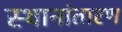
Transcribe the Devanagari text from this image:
स्थानांतारण